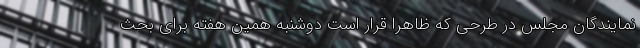
نمایندگان مجلس در طرحی که ظاهراً قرار است دوشنبه همین هفته برای بحث